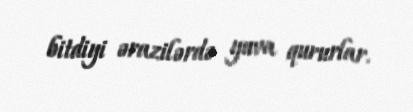
bitdiyi ərazilərdə yuva qururlar.